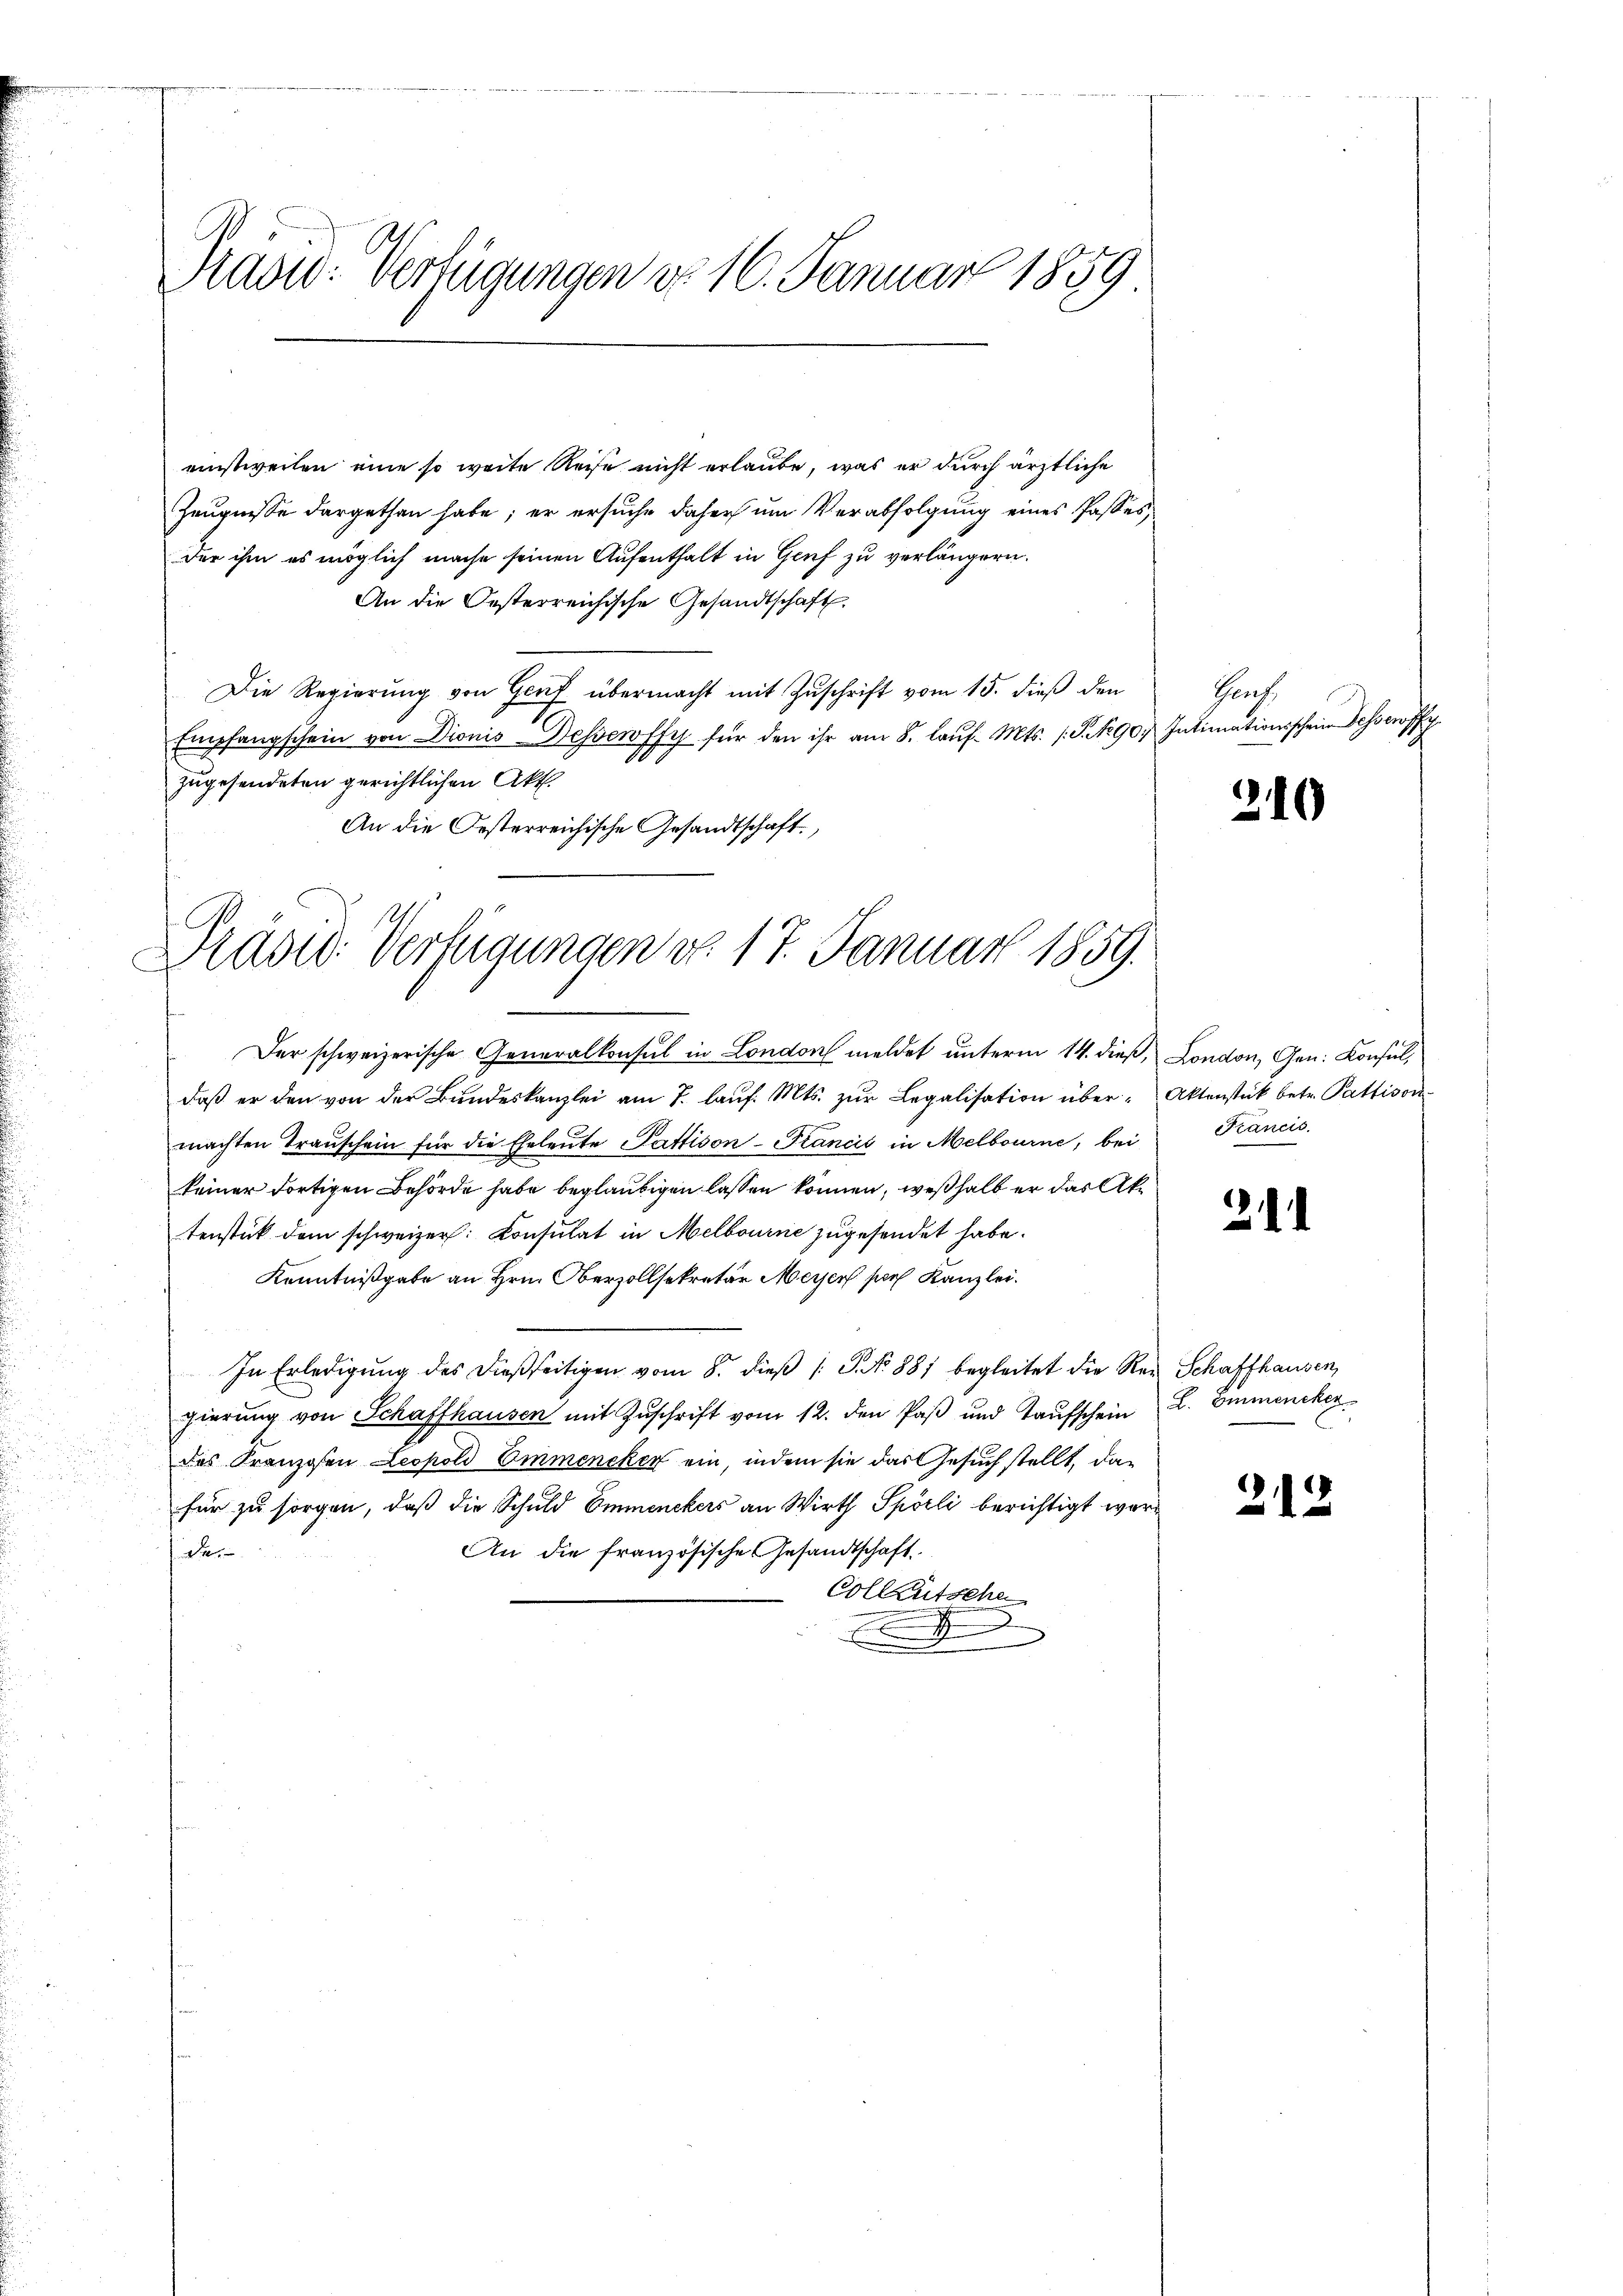
Prasid: Verfügungen do 16. Januar 1859

einstweilen eine so weite Reise nicht erlaube, was er durch ärztliche
Zeugnisse dargethan habe; er ersuche daher um Verabfolgung eines Passes
der ihm es möglich mache seinen Aufenthalt in Genf zu verlängern.
An die Oesterreichische Gesandtschaft
Die Regierung von Gruf übermacht mit Zuschrift vom 15. dieß den
Empfangschein von Dionis Desseroffe für den ihr am 8. laŭf. Mts. S. Nr. 90. Intimationsschein Bessewffy
19
zugesendeten gerichtlichen Akt.
An die Oesterreichische Gesandtschaft.

Präsid. Verfügungen do. 17. Januar 1859.

Der schweizerische Generalkonsul in London meldet unterm 14. dieß, London, Gen. Konsul,
daß er den von der Bundeskanzlei am 7. laŭf. Mts. zŭr Legalisation über-Aktenstück betr. Pattison
machten Traŭschein für die Eheleŭte Pattison-Francić in Melbourne, bei Krancis
keiner dortigen Behörde habe beglaubigen lassen können, weßhalb er das Aktenstück dem schweizer: Consulat in Melbourne zugesendet habe.
Kenntnißgabe an Hrn. Oberzollsekretär Meyer sich Kanzlei.
In Erledigung des dießseitigen vom 8. dieβ (: S. No 881 begleitet die Rei Schaffhausen,
gierŭng von Schaffhausen mit Zŭschrift vom 12. den Paß und Taufschein L. Emmenckerdes Franzosen Leopold Emmencken ein, indem sie das Gesuch stellt, dafür zu sorgen, daß die Schuld Emmenckers an Wirth Spörli berichtigt wer¬
An die französische Gesandtschaft
e
Collentsche

Grach

210

21

212